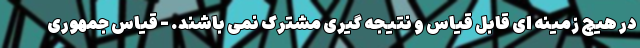
در هیچ زمینه ای قابل قیاس و نتیجه گیری مشترک نمی باشند. - قیاس جمهوری